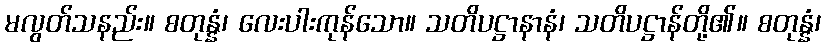
မလွတ်သနည်း။ စတုန္နံ၊ လေးပါးကုန်သော။ သတိပဋ္ဌာနာနံ၊ သတိပဋ္ဌာန်တို့၏။ စတုန္နံ၊